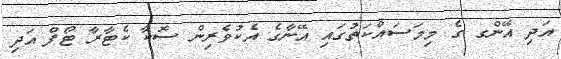
އަދި އޭންގ ގެ މިމަސައްކަތުގައި އޭނާގެ އެކުވެރިން ސޮކާ ކެޓާރާ ޓޯފް އަދި